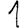
Digit: 1